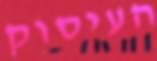
העיסוק